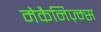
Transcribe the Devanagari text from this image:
मेकैनिज़्म्स